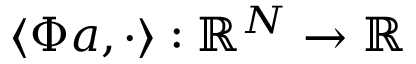
\left< \Phi \boldsymbol { a } , \cdot \right> : \mathbb { R } ^ { N } \rightarrow \mathbb { R }